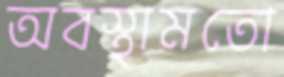
অবস্থামতো